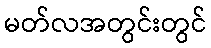
မတ်လအတွင်းတွင်